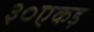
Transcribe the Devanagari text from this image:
३०एकड़